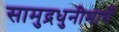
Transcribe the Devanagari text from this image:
सामुद्रधुनीमार्गे